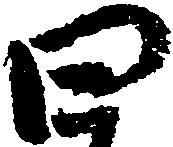
四